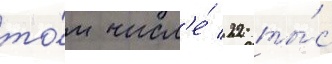
то́м числ'е́ 22 ты́с